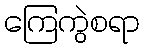
ကြေကွဲစရာ